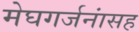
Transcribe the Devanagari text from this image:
मेघगर्जनांसह